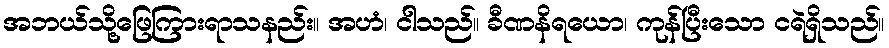
အဘယ်သို့ဖြေကြားရာသနည်း။ အဟံ၊ ငါသည်။ ခီဏနိရယော၊ ကုန်ပြီးသော ငရဲရှိသည်။